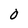
Character: O